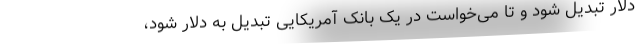
دلار تبدیل شود و تا می‌خواست در یک بانک آمریکایی تبدیل به دلار شود،